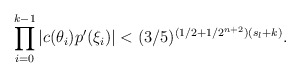
\begin{align*}\prod \limits^{k-1}_{i = 0} |c(\theta_i)p'(\xi_i)| < (3/5)^{(1/2 + 1/2^{n+2})(s_l + k)} .\end{align*}